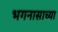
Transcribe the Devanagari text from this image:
भगनासाच्या